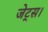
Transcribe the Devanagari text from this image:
जेट्स।